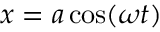
x = a \cos ( \omega t )